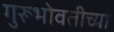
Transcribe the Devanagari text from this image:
गुरूभोवतीच्या